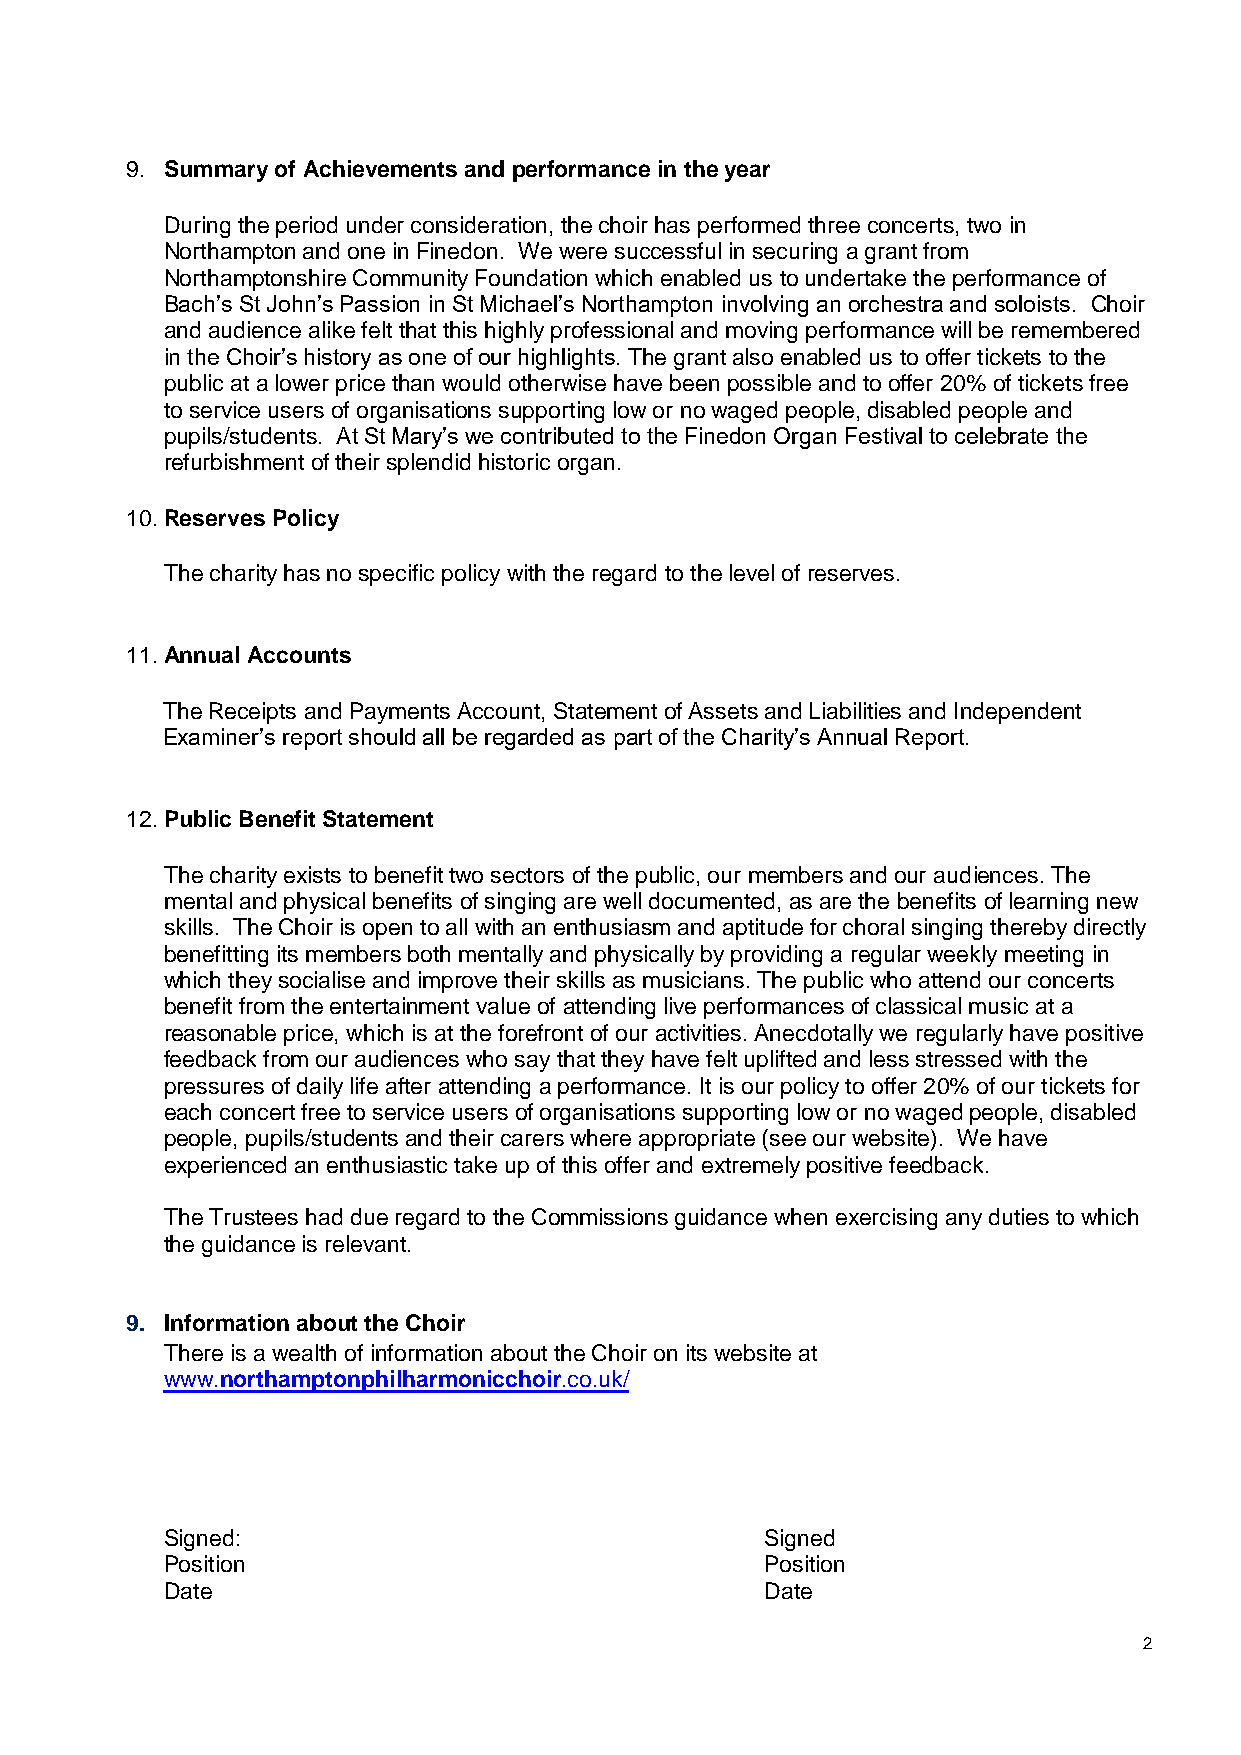
9. Summary of Achievements and performance in the year
 During the period under consideration, the choir has performed three concerts, two in
 Northampton and one in Finedon. We were successful in securing a grant from
 Northamptonshire Community Foundation which enabled us to undertake the performance of
 Bach’s St John’s Passion in St Michael’s Northampton involving an orchestra and soloists. Choir
 and audience alike felt that this highly professional and moving performance will be remembered
 in the Choir’s history as one of our highlights. The grant also enabled us to offer tickets to the
 public at a lower price than would otherwise have been possible and to offer 20% of tickets free
 to service users of organisations supporting low or no waged people, disabled people and
 pupils/students. At St Mary’s we contributed to the Finedon Organ Festival to celebrate the
 refurbishment of their splendid historic organ.
 10. Reserves Policy
 The charity has no specific policy with the regard to the level of reserves.
 11. Annual Accounts
 The Receipts and Payments Account, Statement of Assets and Liabilities and Independent
 Examiner’s report should all be regarded as part of the Charity’s Annual Report.
 12. Public Benefit Statement
 The charity exists to benefit two sectors of the public, our members and our audiences. The
 mental and physical benefits of singing are well documented, as are the benefits of learning new
 skills. The Choir is open to all with an enthusiasm and aptitude for choral singing thereby directly
 benefitting its members both mentally and physically by providing a regular weekly meeting in
 which they socialise and improve their skills as musicians. The public who attend our concerts
 benefit from the entertainment value of attending live performances of classical music at a
 reasonable price, which is at the forefront of our activities. Anecdotally we regularly have positive
 feedback from our audiences who say that they have felt uplifted and less stressed with the
 pressures of daily life after attending a performance. It is our policy to offer 20% of our tickets for
 each concert free to service users of organisations supporting low or no waged people, disabled
 people, pupils/students and their carers where appropriate (see our website). We have
 experienced an enthusiastic take up of this offer and extremely positive feedback.
 The Trustees had due regard to the Commissions guidance when exercising any duties to which
 the guidance is relevant.
 9. Information about the Choir
 There is a wealth of information about the Choir on its website at
 www.northamptonphilharmonicchoir.co.uk/
 Signed:                                 Signed
 Position                                Position
 Date                                    Date
 2